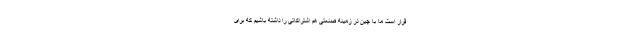
قرار است ما با چین در زمینه صنعتی هم اشتراکاتی را داشته باشیم که برای